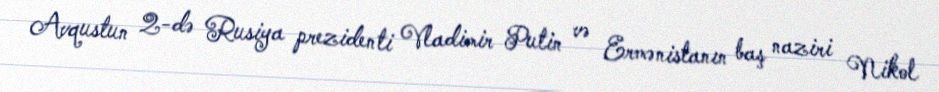
Avqustun 2-də Rusiya prezidenti Vladimir Putin və Ermənistanın baş naziri Nikol